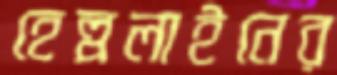
হেল্পলাইনের